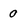
Character: 0